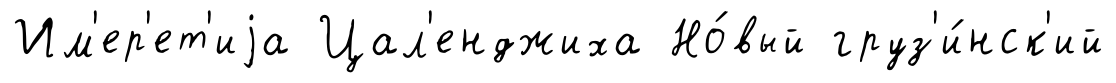
Им'ер'ет'иjа Цал'енджиха Но́вый груз'и́нск'ий